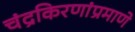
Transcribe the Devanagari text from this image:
चंद्रकिरणांप्रमाणे